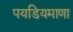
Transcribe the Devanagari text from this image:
पयडियमाणा